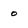
Character: o